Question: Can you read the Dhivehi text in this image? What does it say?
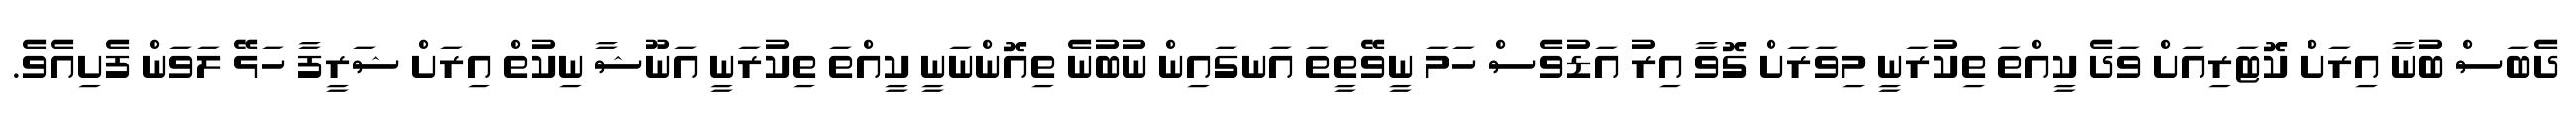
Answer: ދެބަސް ބުނާ އިރަށް ކޮޓަރިއަށް ވަދެ ކީއްތަ ތިކުރަނީ މިވަރަށް ގޮވާ އިރު އަޑުވެސް ހަމަ ނީވޭތީތަ އަނގައިން ނުބުނެ ތިއޮންނަނީ ކީއްތަ ތިކުރަނީ އަނޫޝާ ނިކުތް އިރަށް ޝަރީފާ ހަޅޭ ލަވަން ފެށިއެވެ.